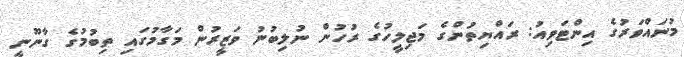
މުނައްވަރުގެ އިންޓަވިއު: ރައްޔިތުންގެ މަޖިލީހުގެ ރުހުން ނުލިބުނު ވަޒީރުން މަގާމުގައި ތިބުމުގެ ގާނޫނީ